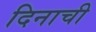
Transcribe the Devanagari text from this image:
दिनाची